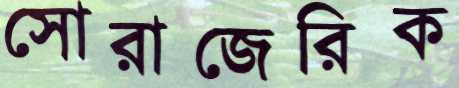
সোরাজেরিক